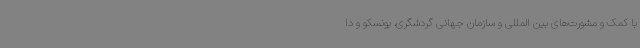
با کمک و مشورت‌های بین المللی و سازمان جهانی گردشگری، یونسکو و دا